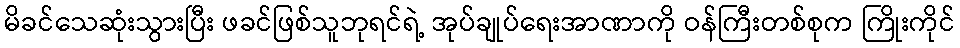
မိခင်သေဆုံးသွားပြီး ဖခင်ဖြစ်သူဘုရင်ရဲ့ အုပ်ချုပ်ရေးအာဏာကို ဝန်ကြီးတစ်စုက ကြိုးကိုင်